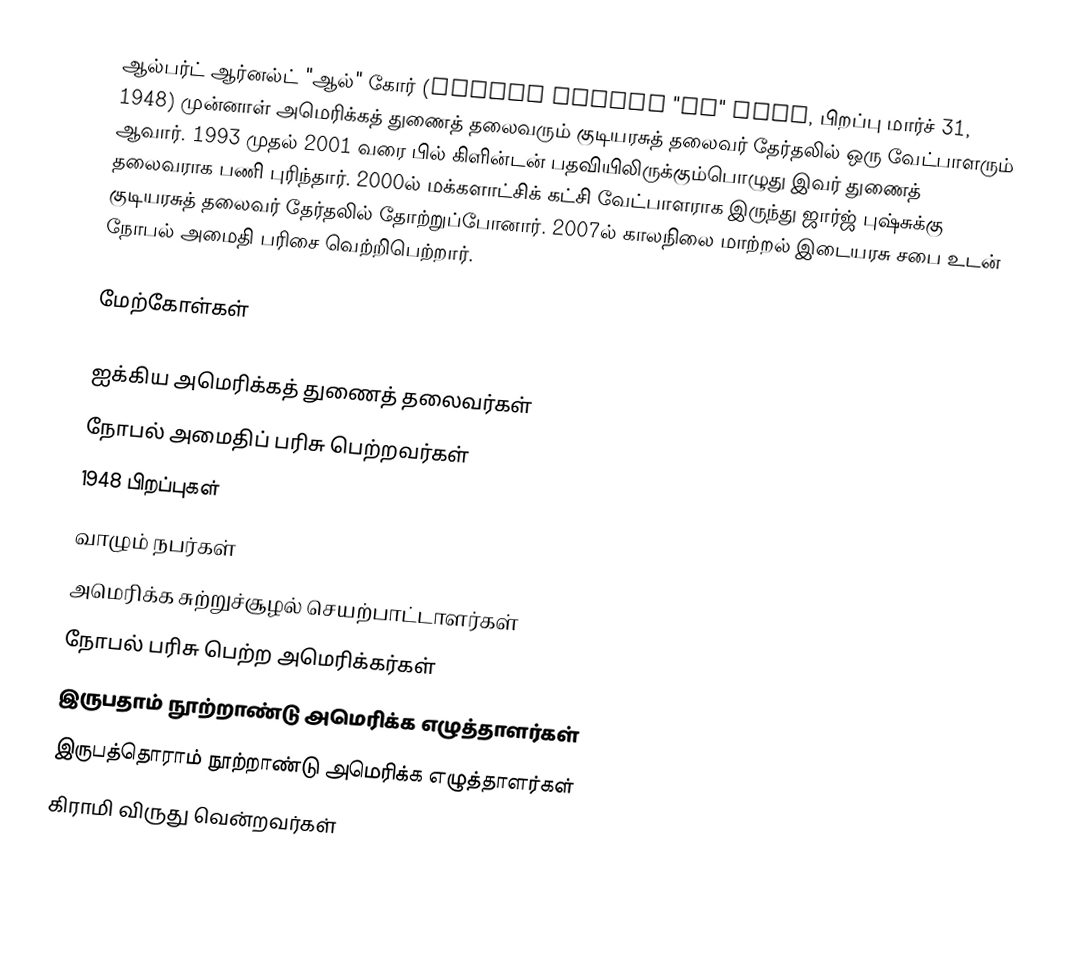
ஆல்பர்ட் ஆர்னல்ட் "ஆல்" கோர் (Albert Arnold "Al" Gore, பிறப்பு மார்ச் 31, 1948) முன்னாள் அமெரிக்கத் துணைத் தலைவரும் குடியரசுத் தலைவர் தேர்தலில் ஒரு வேட்பாளரும் ஆவார். 1993 முதல் 2001 வரை பில் கிளின்டன் பதவியிலிருக்கும்பொழுது இவர் துணைத் தலைவராக பணி புரிந்தார். 2000ல் மக்களாட்சிக் கட்சி வேட்பாளராக இருந்து ஜார்ஜ் புஷ்சுக்கு குடியரசுத் தலைவர் தேர்தலில் தோற்றுப்போனார். 2007ல் காலநிலை மாற்றல் இடையரசு சபை உடன் நோபல் அமைதி பரிசை வெற்றிபெற்றார்.

மேற்கோள்கள்

ஐக்கிய அமெரிக்கத் துணைத் தலைவர்கள்
நோபல் அமைதிப் பரிசு பெற்றவர்கள்
1948 பிறப்புகள்
வாழும் நபர்கள்
அமெரிக்க சுற்றுச்சூழல் செயற்பாட்டாளர்கள்
நோபல் பரிசு பெற்ற அமெரிக்கர்கள்
இருபதாம் நூற்றாண்டு அமெரிக்க எழுத்தாளர்கள்
இருபத்தொராம் நூற்றாண்டு அமெரிக்க எழுத்தாளர்கள்
கிராமி விருது வென்றவர்கள்